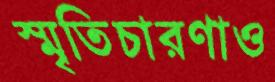
স্মৃতিচারণাও